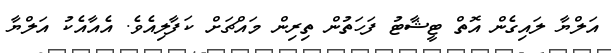
އަލްޔާ ލައިގެން އޮތް ޓީޝާޓު ފަހަތުން ތިރިން މައްޗަށް ކަފާލިއެވެ. އެއާއެކު އަލްޔާ